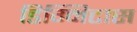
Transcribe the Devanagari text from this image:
डिग्निटास